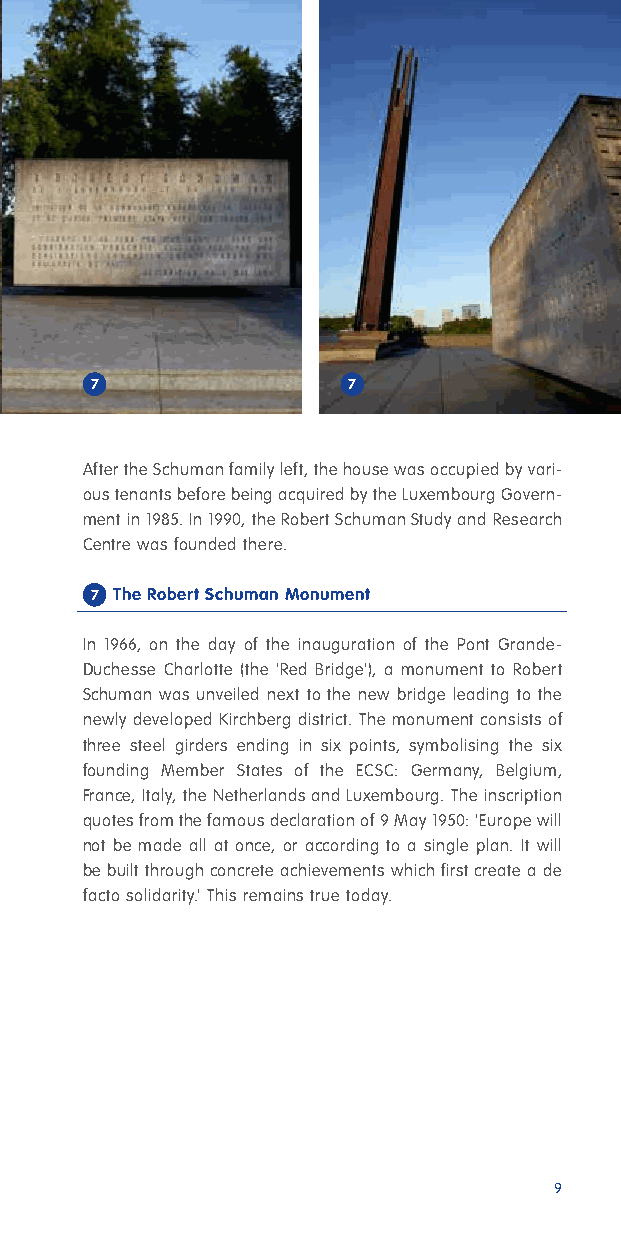
7                7
 After the Schuman family left, the house was occupied by vari-
 ous tenants before being acquired by the Luxembourg Govern-
 ment in 1985. In 1990, the Robert Schuman Study and Research
 Centre was founded there.
 7 The Robert Schuman Monument
 In 1966, on the day of the inauguration of the Pont Grande-
 Duchesse Charlotte (the 'Red Bridge'), a monument to Robert
 Schuman was unveiled next to the new bridge leading to the
 newly developed Kirchberg district. The monument consists of
 three steel girders ending in six points, symbolising the six
 founding Member States of the ECSC: Germany, Belgium,
 France, Italy, the Netherlands and Luxembourg. The inscription
 quotes from the famous declaration of 9 May 1950: 'Europe will
 not be made all at once, or according to a single plan. It will
 be built through concrete achievements which first create a de
 facto solidarity.' This remains true today.
 9